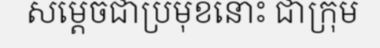
សម្តេចជាប្រមុខនោះ ជាក្រុម